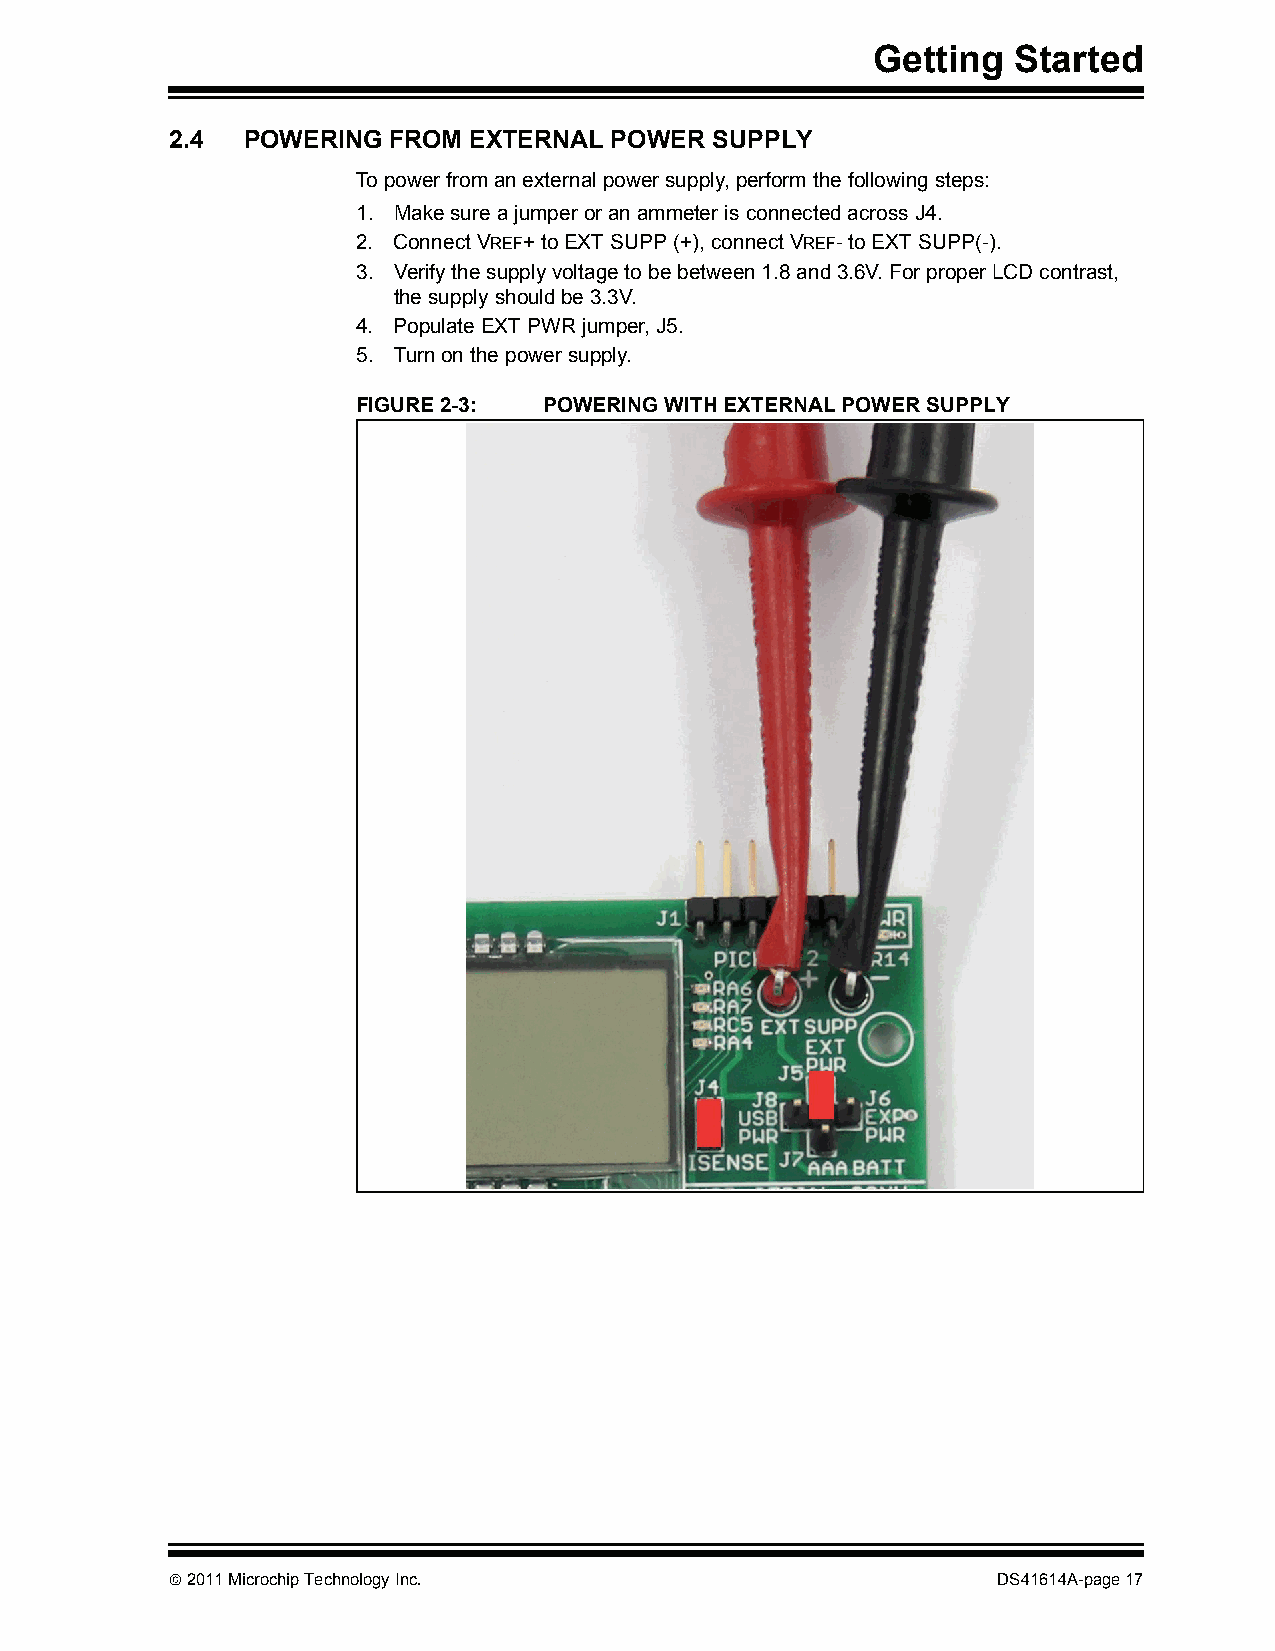
Getting  Started
 2.4  POWERING  FROM EXTERNAL POWER  SUPPLY
 To power from an external power supply, perform the following steps:
 1. Make sure a jumper or an ammeter is connected across J4.
 2. Connect VREF+ to EXT SUPP (+), connect VREF- to EXT SUPP(-).
 3. Verify the supply voltage to be between 1.8 and 3.6V. For proper LCD contrast,
 the supply should be 3.3V.
 4. Populate EXT PWR jumper, J5.
 5. Turn on the power supply.
 FIGURE 2-3: POWERING WITH EXTERNAL POWER SUPPLY
  2011 Microchip Technology Inc.                       DS41614A-page 17